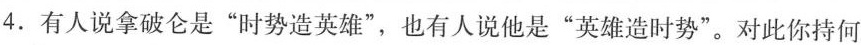
4.有人说拿破仑是”时势造英雄”，也有人说他是”英雄造时势”。对此你持何